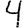
Digit: 4